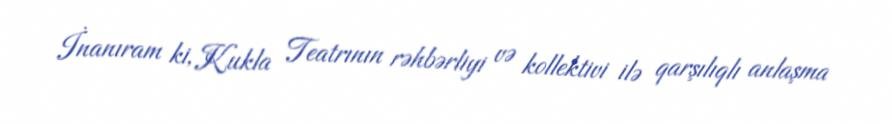
İnanıram ki, Kukla Teatrının rəhbərliyi və kollektivi ilə qarşılıqlı anlaşma